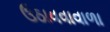
ઉઠાવવાવાળા